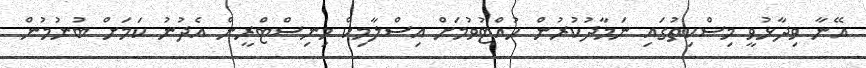
އޭނާ ވިދާޅުވީ މިސްކިތުގައި ނަމާދުކުރުން ހުއްޓުވުމަށް އިސްލާމިކް މިނިސްޓްރީން އެދުނު ކަމަށް ބުނުމުން